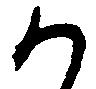
か